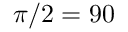
\pi / 2 = 9 0